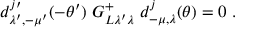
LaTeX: d _ { \lambda ^ { \prime } , - \mu ^ { \prime } } ^ { j \prime } ( - \theta ^ { \prime } ) \ G _ { L \lambda ^ { \prime } \lambda } ^ { + } \ d _ { - \mu , \lambda } ^ { j } ( \theta ) = 0 \ .